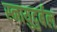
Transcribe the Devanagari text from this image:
स्नायुदुर्बल